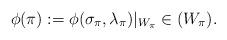
LaTeX: \begin{align*} \phi(\pi):=\phi(\sigma_\pi,\lambda_\pi)\vert_{W_\pi} \in (W_\pi).\end{align*}